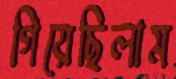
গিয়েছিলাম